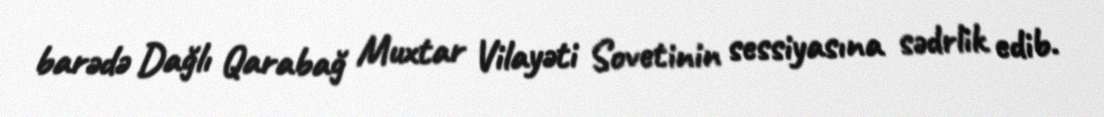
barədə Dağlı Qarabağ Muxtar Vilayəti Sovetinin sessiyasına sədrlik edib.